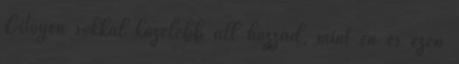
Citoyen sokkal közelebb áll hozzád, mint én és ezen